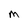
Character: M